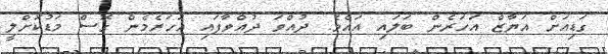
ގަޑިއަށް އަޔާޒް އަހަރެން ބަލައި އައެވެ. ދުއްވަ ދުއްވާފައި އަހަރެމެން ގޮސް މަޑުކޮށްލީ